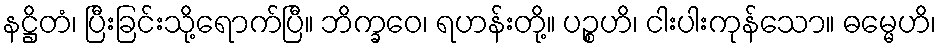
နဋ္ဌိတံ၊ ပြီးခြင်းသို့ရောက်ပြီ။ ဘိက္ခဝေ၊ ရဟန်းတို့။ ပဉ္စဟိ၊ ငါးပါးကုန်သော။ ဓမ္မေဟိ၊